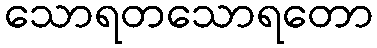
သောရတသောရတော